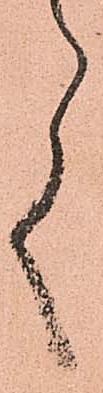
く